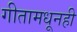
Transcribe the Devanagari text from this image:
गीतामधूनही